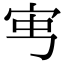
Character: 𡧥